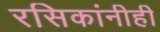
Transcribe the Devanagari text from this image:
रसिकांनीही